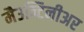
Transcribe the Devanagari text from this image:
मैउन्टिनीअर